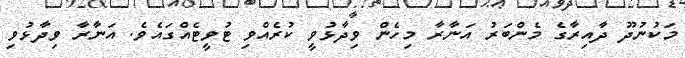
މަކުނުދޫ ދާއިރާގެ މެންބަރު އަނާރާ މިހެން ވިދާޅުވީ ކުރެއްވި ޓުވީޓެއްގައެވެ. އަނާރާ ވިދާޅުވި